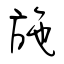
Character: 施